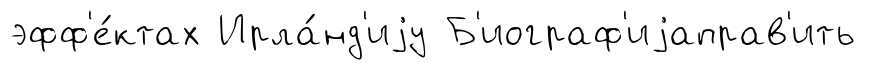
эфф'е́ктах Ирла́нд'иjу Б'иограф'иjаправ'ить